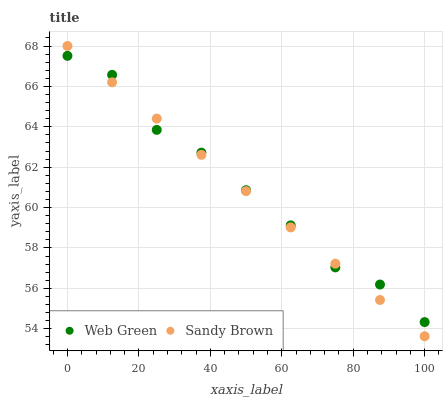
| xaxis_label | Web Green | Sandy Brown |
 | --- | --- | --- |
 | 0 | 67.5 | 68 |
 | 12.5 | 66.6 | 66.2 |
 | 25 | 63.8 | 64.4 |
 | 37.5 | 62.7 | 62.6 |
 | 50 | 60.9 | 60.8 |
 | 62.5 | 59.1 | 59 |
 | 75 | 57 | 57.2 |
 | 87.5 | 56.2 | 55.4 |
 | 100 | 54.3 | 53.6 |